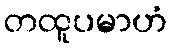
တထူပမာဟံ